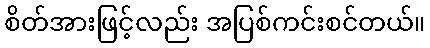
စိတ်အားဖြင့်လည်း အပြစ်ကင်းစင်တယ်။